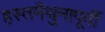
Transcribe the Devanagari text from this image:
हस्तमैथुनापूर्वी